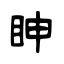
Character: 眒